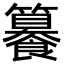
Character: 䉵